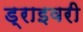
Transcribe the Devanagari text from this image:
ड्राइवरी